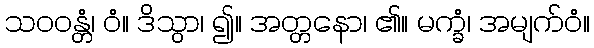
သဝဝန္တံ၊ ဝံ။ ဒိသွာ၊ ၍။ အတ္တနော၊ ၏။ မက္ခံ၊ အမျက်ဝံ။